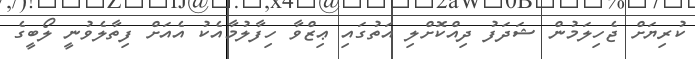
ކުރިޔަށް ޖެހިލަމުން ޝަދަފު ދިއްކޮށްލި އަތުގައި ޢިޒްވާ ހިފާލުމާއެކު އެއަށް ފިތާލެވުނީ ލޯބީގެ